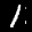
Label: 1